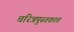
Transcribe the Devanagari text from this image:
चरित्रपुस्तकात